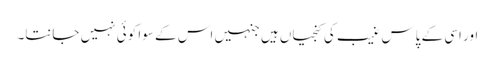
اور اسی کے پاس غیب کی کنجیاں ہیں جنہیں اس کے سوا کوئی نہیں جانتا۔